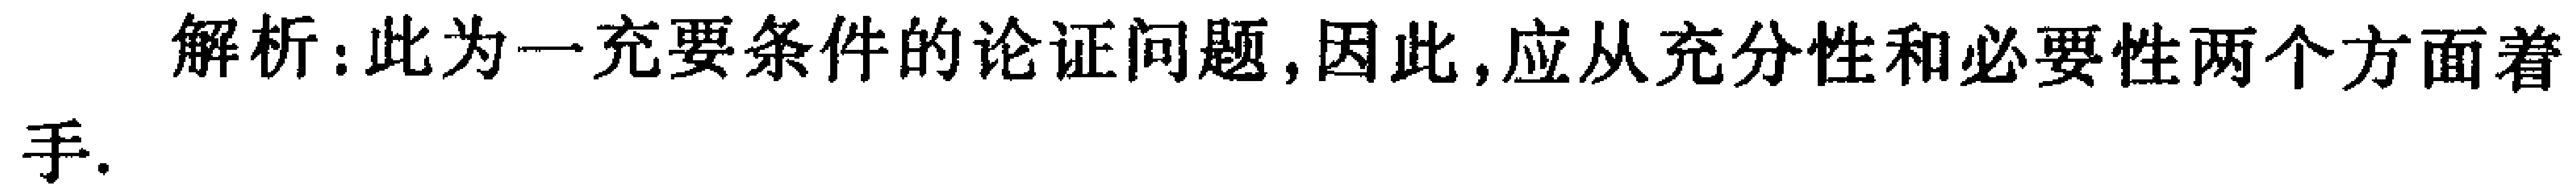
解析：此为一充要条件的论证问题,因此,应从充分性和必要性两个方面着手.